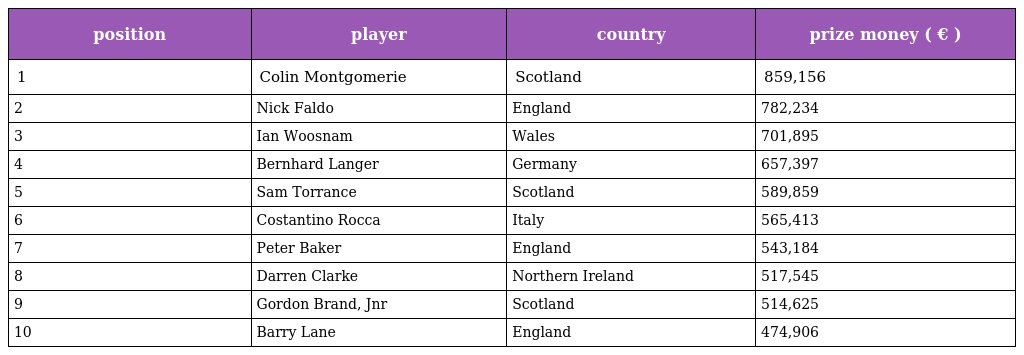
| position | player | country | prize money ( € ) |
 | --- | --- | --- | --- |
 | 1 | Colin Montgomerie | Scotland | 859,156 |
 | 2 | Nick Faldo | England | 782,234 |
 | 3 | Ian Woosnam | Wales | 701,895 |
 | 4 | Bernhard Langer | Germany | 657,397 |
 | 5 | Sam Torrance | Scotland | 589,859 |
 | 6 | Costantino Rocca | Italy | 565,413 |
 | 7 | Peter Baker | England | 543,184 |
 | 8 | Darren Clarke | Northern Ireland | 517,545 |
 | 9 | Gordon Brand, Jnr | Scotland | 514,625 |
 | 10 | Barry Lane | England | 474,906 |